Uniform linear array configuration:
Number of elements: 8
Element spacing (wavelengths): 0.75
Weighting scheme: kaiser
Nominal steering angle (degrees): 0
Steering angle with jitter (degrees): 0.002103
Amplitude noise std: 0.05
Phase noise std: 0.05

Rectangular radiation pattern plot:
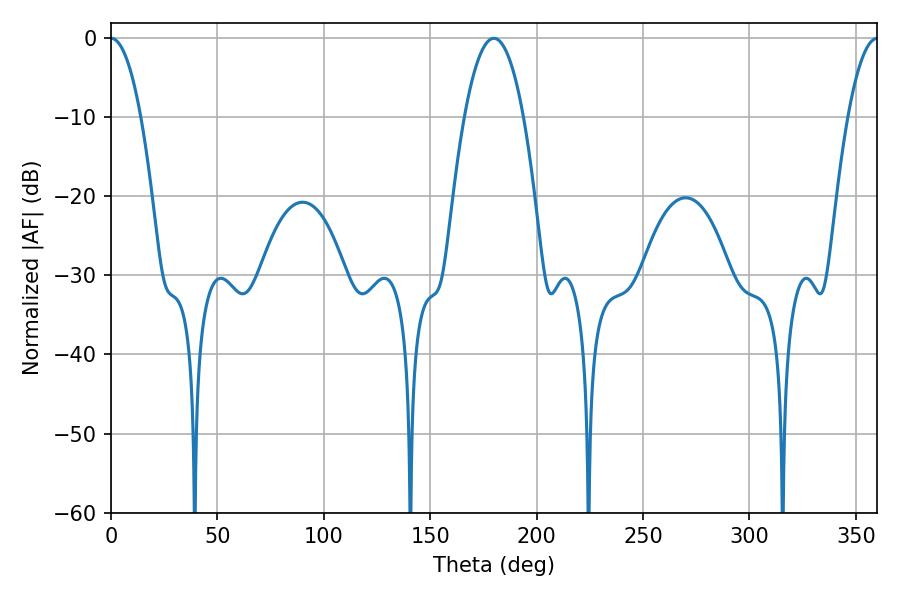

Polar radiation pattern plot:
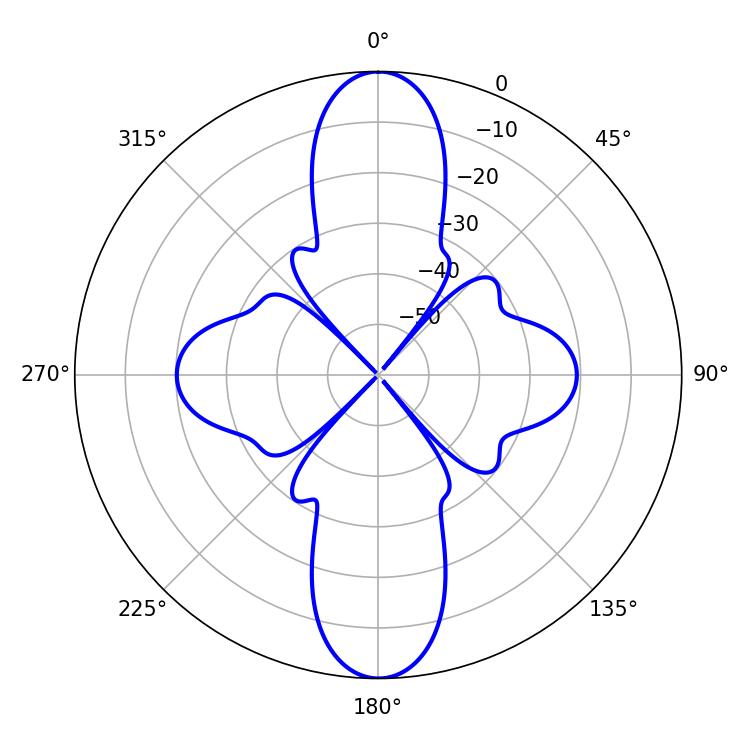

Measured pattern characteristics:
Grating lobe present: TRUE
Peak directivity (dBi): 36.2
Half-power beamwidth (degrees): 7.74
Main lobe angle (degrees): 0